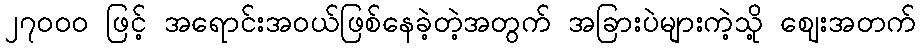
၂၇၀ဝ၀ ဖြင့် အရောင်းအဝယ်ဖြစ်နေခဲ့တဲ့အတွက် အခြားပဲများကဲ့သို့ ဈေးအတက်